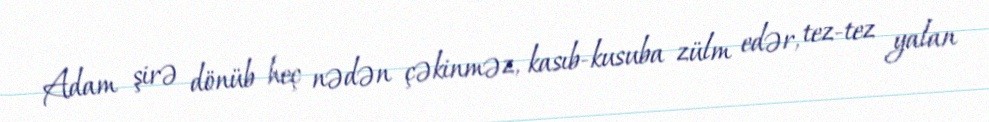
Adam şirə dönüb heç nədən çəkinməz, kasıb-kusuba zülm edər, tez-tez yalan